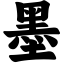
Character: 墨